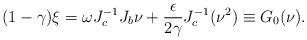
LaTeX: \begin{align*}(1-\gamma)\xi= \omega J^{-1}_cJ_b\nu+ \frac{\epsilon}{2\gamma}J^{-1}_c(\nu^2)\equiv G_0(\nu).\end{align*}